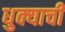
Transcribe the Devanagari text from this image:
धुक्याची